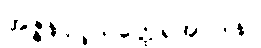
အဇ္ဇနပုပ္ဖိယတ္ထေရအပဒါန။